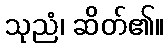
သုညံ၊ ဆိတ်၏။